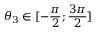
\theta _ { 3 } \in [ - { \frac { \pi } { 2 } } ; { \frac { 3 \pi } { 2 } } ]